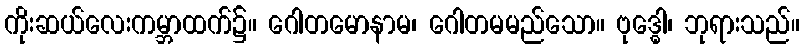
ကိုးဆယ်လေးကမ္ဘာထက်၌။ ဂေါတမောနာမ၊ ဂေါတမမည်သော။ ဗုဒ္ဓေါ၊ ဘုရားသည်။